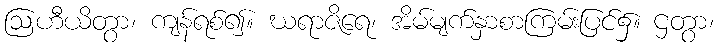
ဩဟီယိတွာ၊ ကျန်ရစ်၍။ ဃရာဇိရေ၊ အိမ်မျက်နှာစာကြမ်းပြင်၌။ ဌတွာ၊